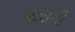
ગારાની